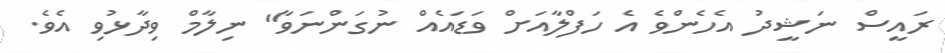
ރައީސް ނަޝީދު އެހެންވެ އެ ހަފްލާއަށް ވަޑައެއް ނުގަންނަވާ" ނިލާމް ވިދާޅުވި އެވެ.